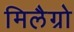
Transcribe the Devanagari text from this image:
मिलैग्रो